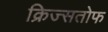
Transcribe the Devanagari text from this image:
क्रिज्सतोफ